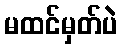
မထင်မှတ်ပဲ